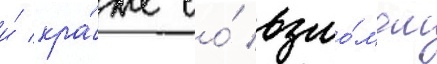
и́ кра́же со́ взло́мом